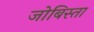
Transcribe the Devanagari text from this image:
जोबिस्ता